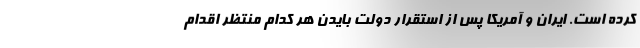
کرده است. ایران و آمریکا پس از استقرار دولت بایدن هر کدام منتظر اقدام